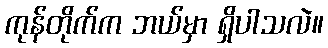
ကုန်တိုက်က ဘယ်မှာ ရှိပါသလဲ။